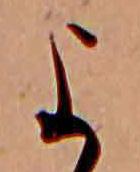
よ